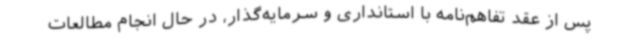
پس از عقد تفاهم‌نامه با استانداری و سرمایه‌گذار، در حال انجام مطالعات